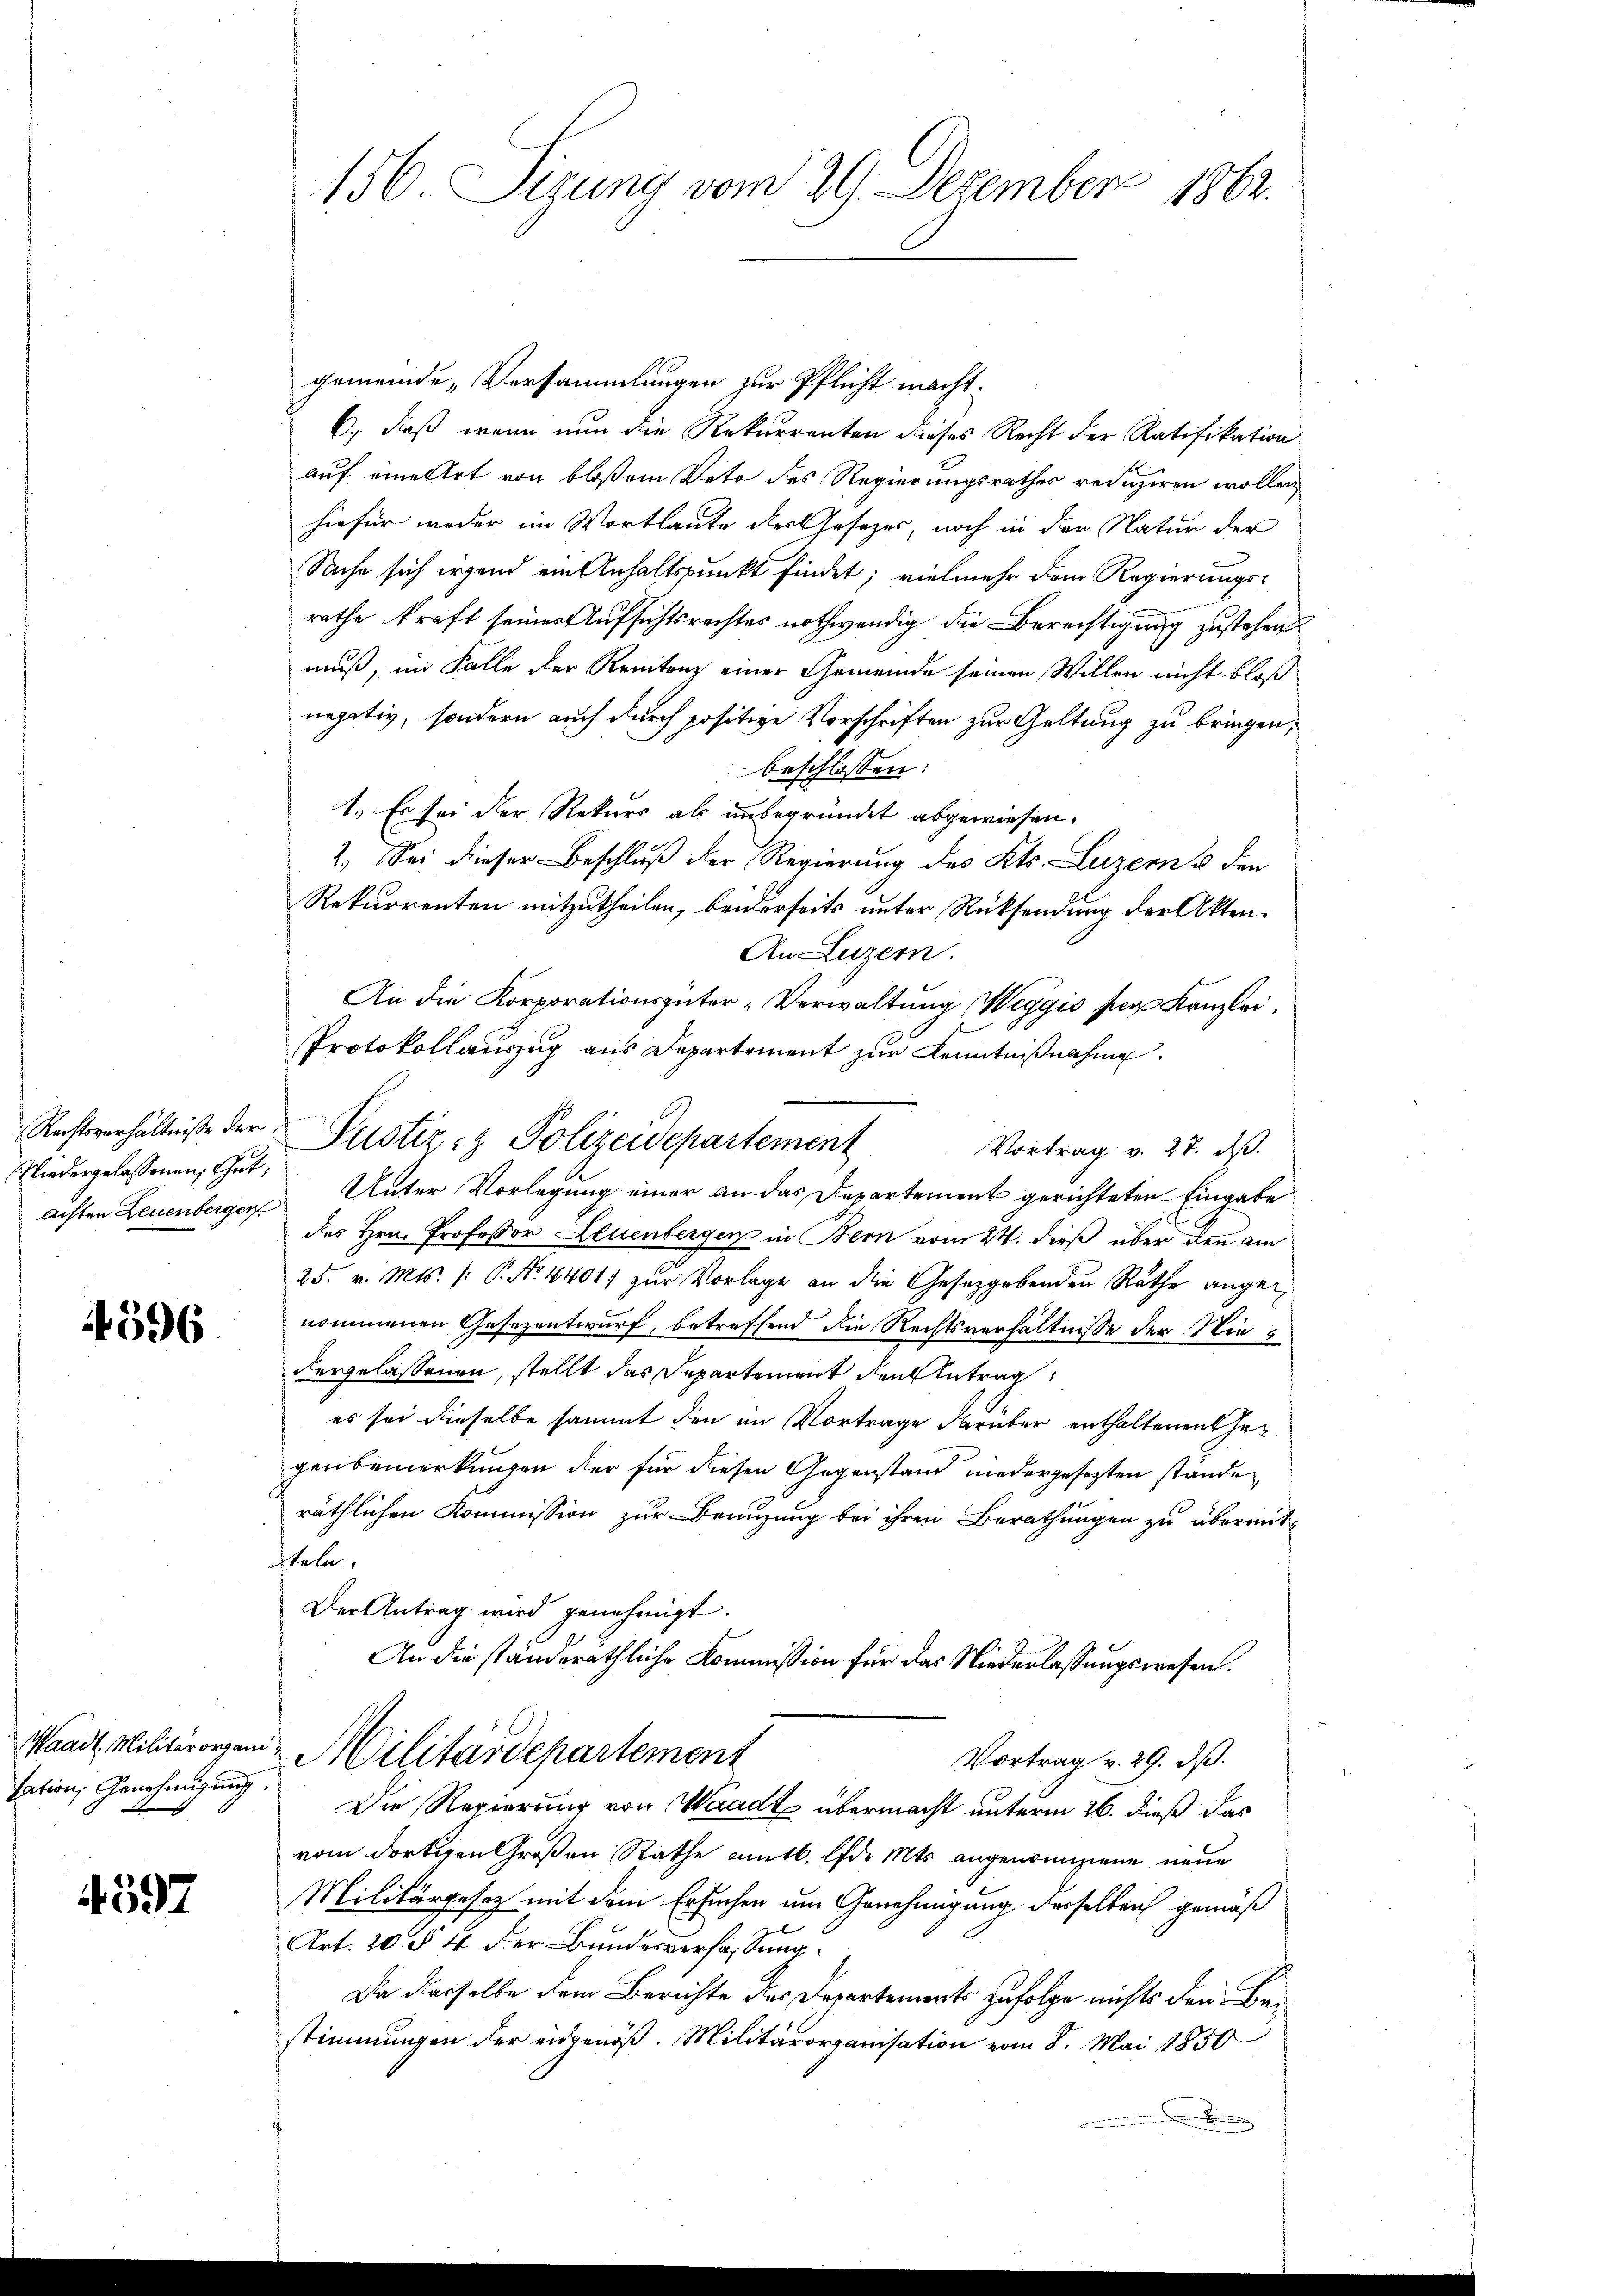
Niedergelassenen, thut,

4596.

sation, Genehmigung.

4597

gemeinde „Versammlungen zur Pflicht macht.
6., daß wenn nun die Rekurrenten dieses Recht der Ratifikation
auf eine Art von bloßem Veto des Regierungsrathes reduziren wollen,
hiefür weder im Wortlaute der Gesezes, noch in der Natur der
Sache sich irgend ein Anhaltspunkt findet; vielmehr dem Regierungsrathe kraft seines Aufsichtsrechtes nothwendig die Berechtigung zustehen
muß, im Falle der Renitenz einer Gemeinde seinen Willen nicht bloß
negativ, sondern auch durch positive Vorschriften zur Geltweg zu bringen,
beschlossen:
1. Es sei der Rekurs als unbegründet abgewiesen.
2. Sei dieser Beschluß der Regierung des Kts. Luzern & den
Rekurrenten mitzutheilen, beiderseits unter Rücksendung der Akten¬
An Luzern.
An die Korporationsgüter-Verwaltung Weggis par Kanzlei.
Protokollauszug aus Departement zur Kenntnißnahme.
Rechtsverhältniße der Pustiz- & Polizeidepartement
Vortrag v. 27. ds.
achten Leuenberger Unter Vorlegung einer an das Departement gerichteten Eingabe
des Hrn. Professor Leuenbergen in Bern vom 24. dieß über den am
25. v. Mts. (: P. No. 4401) zur Vorlage an die Gesetzgebenden Rathe angenommenen Gesezentwurf, betreffend die Rechtsverhältnisse der Niedergelassenen, stellt das Departement den Antrag
es sei dieselbe sammt den im Vortrage darüber enthaltenen Gegenbemerkungen der für diesen Gegenstand niedergesezten ständen,
räthlichen Kommission zur Benuzung bei ihren Berathungen zu übermitfteln.
Der Antrag wird genehmigt.
An die ständeräthliche Kommission für das Niederlassungswesen.
Waadt, Militärorgen Militärdepartement
Vortrag v. 29. ds.
Die Regierung von Waadt übermacht unterm 26. dieß das
vom dortigen Großen Rathe amtl. lfd. Mts. angenommene neue
Militärgesetz mit dem Ersuchen um Genehmigung derselben gemäß
Art. 20 § 4 der Bundesverfassung
Da derselbe dem Berichte des Departements zufolge nichts den Bestimmungen der eidgenöß. Militärorganisation vom 8. Mai 1850
.

156. Sizung vom 29. Dezember 1862.